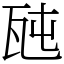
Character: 瓲